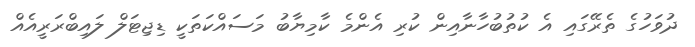
ދުވަހުގެ ތެރޭގައި އެ ކުތުބުހާނާއިން ކުރި އެންމެ ކާމިޔާބު މަސައްކަތަކީ ޑިޖިޓަލް ލައިބްރަރީއެއް